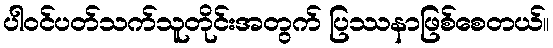
ပါဝင်ပတ်သက်သူတိုင်းအတွက် ပြဿနာဖြစ်စေတယ်။